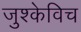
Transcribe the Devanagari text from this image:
जुश्केविच